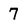
Character: 7